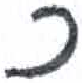
אות: כ